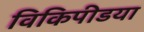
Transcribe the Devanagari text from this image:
विकिपीडया